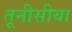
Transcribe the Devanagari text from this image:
तूनीसीया